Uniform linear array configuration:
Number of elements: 48
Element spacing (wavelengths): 0.75
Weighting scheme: hann
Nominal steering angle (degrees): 45
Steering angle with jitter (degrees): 45.344
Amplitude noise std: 0.05
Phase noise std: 0.05

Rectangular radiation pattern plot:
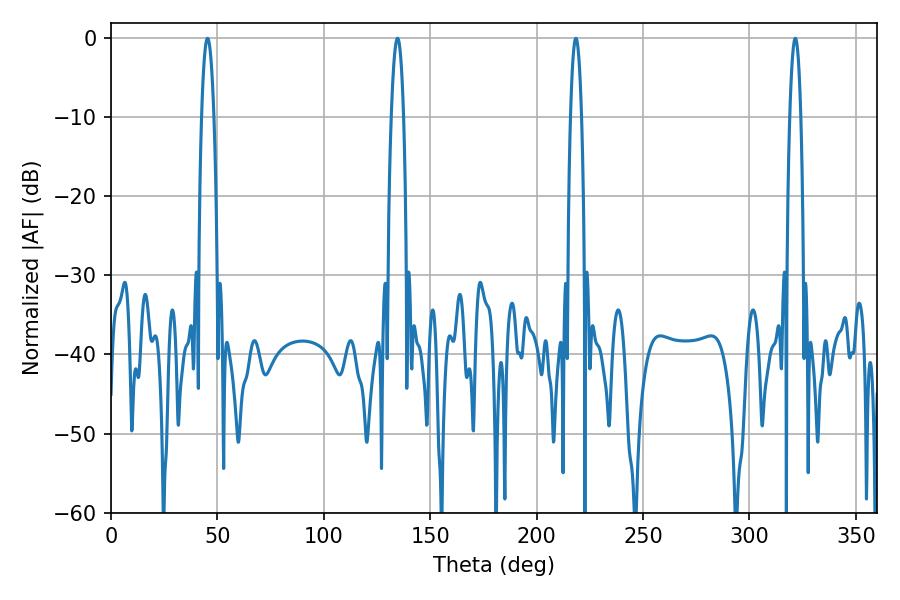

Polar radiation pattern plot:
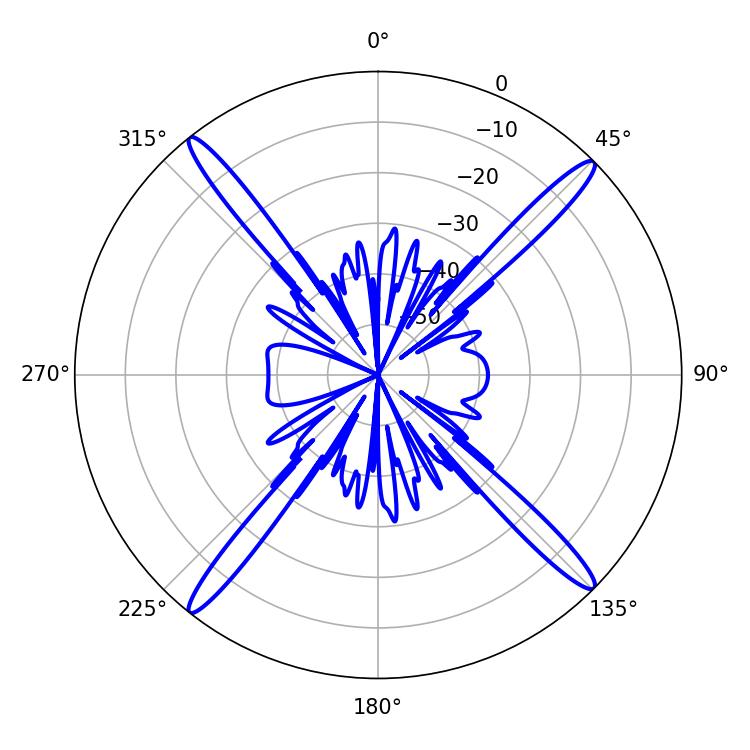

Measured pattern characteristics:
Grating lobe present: TRUE
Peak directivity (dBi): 20.291
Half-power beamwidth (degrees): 3.24
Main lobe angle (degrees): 45.36